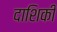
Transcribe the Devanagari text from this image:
दाशिकी